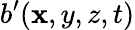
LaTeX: b^{\prime}(\mathbf{x},y,z,t)